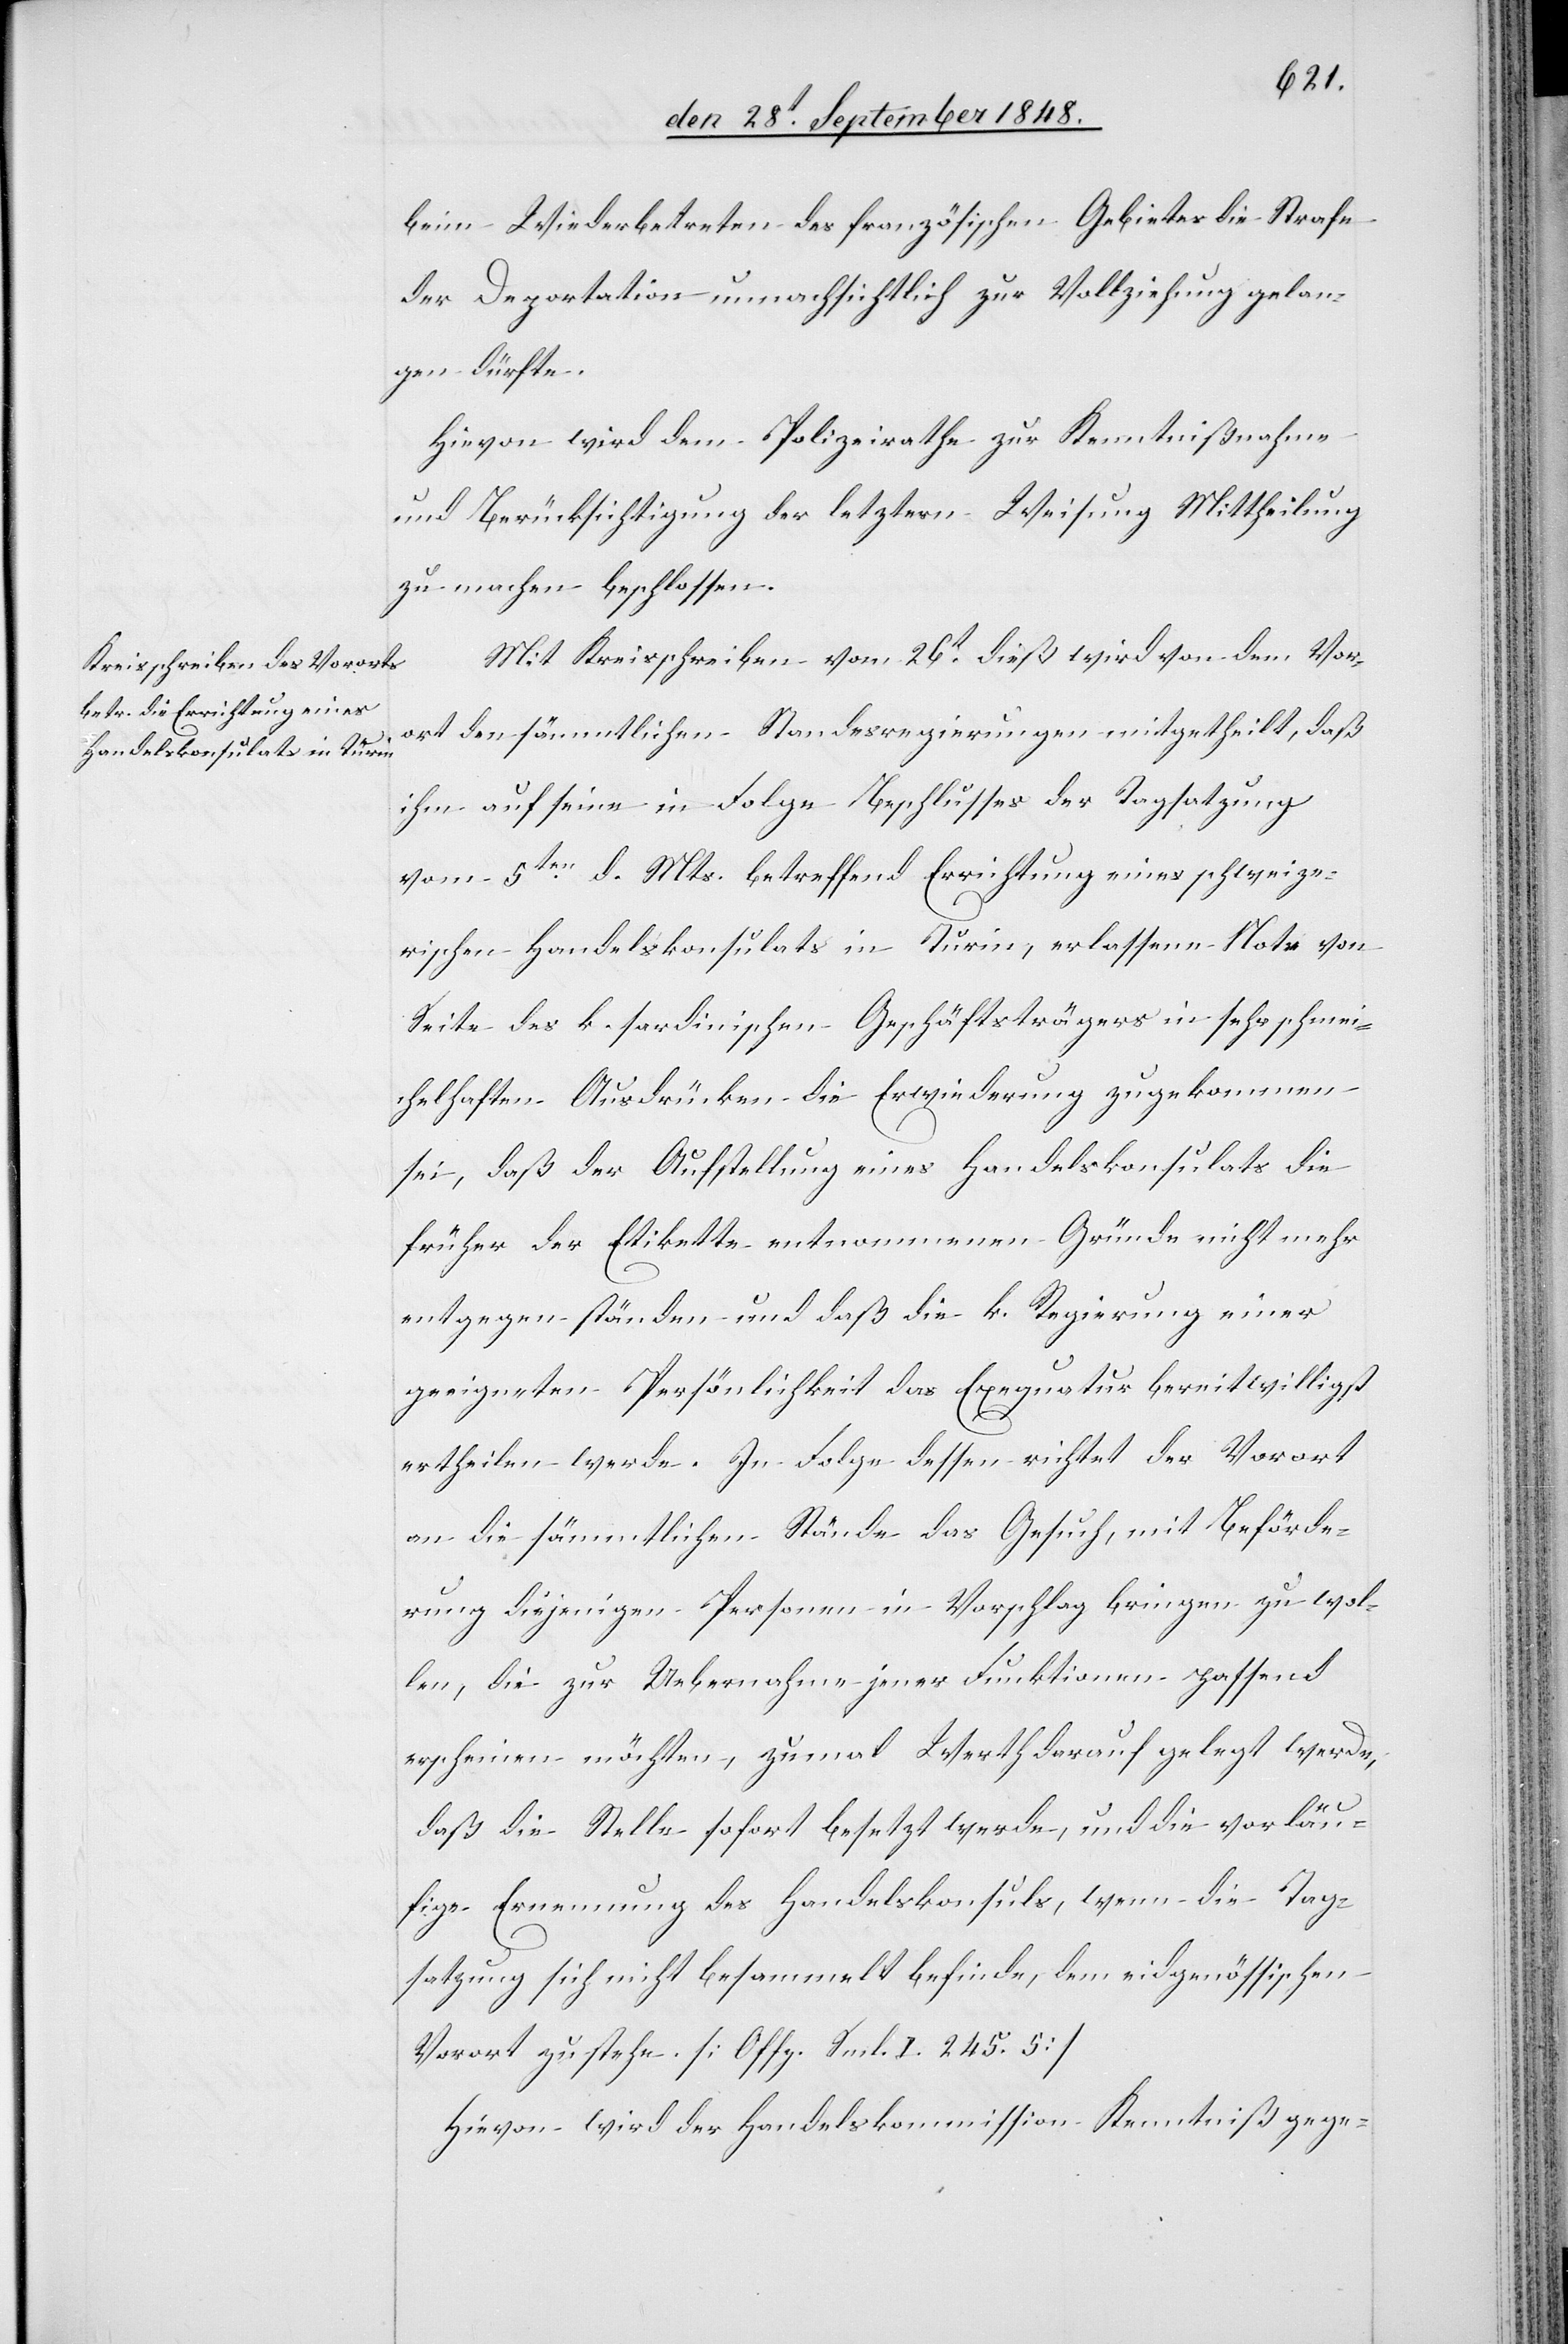
beim Wiederbetreten des französischen Gebietes die Strafe
der Deportation unnachsichtlich zu Vollziehung gelan¬
gen dürfte.
Hievon wird dem Polizeirathe zur Kenntnißnahme
und Berücksichtigung der letztern Weisung Mittheilung
zu machen beschlossen.
Mit Kreisschreiben vom 26t dieß wird von dem Vor¬
ort den sämmtlichen Standesregierungen mitgetheilt, daß
ihm auf seine in Folge Beschlusses der Tagsatzung
vom 5ten d. Mts. betreffend Errichtung eines schweize¬
rischen Handelskonsulats in Turin, erlassene Note von
Seite des k. sardinischen Geschäftsträgers in sehr schmei¬
chelhaften Ausdrücken die Erwiederung zugekommen
sei, daß der Aufstellung eines Handelskonsulats die
früher der Etikette entnommenen Gründe nicht mehr
entgegen ständen und daß die k. Regierung einer
geeigneten Persönlichkeit das Exequatur bereitwilligst
ertheilen werde. In Folge dessen richtet der Vorort
an die sämmtlichen Stände das Gesuch, mit Beförde¬
rung diejenigen Personen in Vorschlag bringen zu wol¬
len, die zur Uebernahme jener Funktionen passend
erscheinen möchten, zumal Werth darauf gelegt werde,
daß die Stelle sofort besetzt wird, und die vorläu¬
fige Ernennung des Handelskonsuls, wenn die Tag¬
satzung sich nicht besammelt befinde, dem eidgenössischen
Vorort zustehe. [Offg. Sml. I. 245. 5]
Hievon wird der Handelskommission Kenntniß gege-